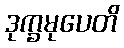
ဒုက္ခမုပေတိ